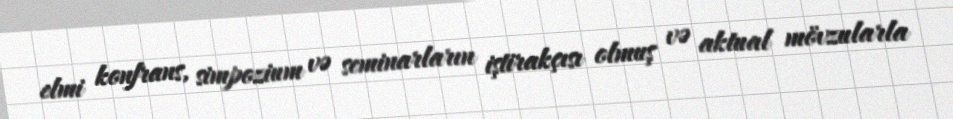
elmi konfrans, simpozium və seminarların iştirakçısı olmuş və aktual mövzularla